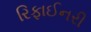
રિફાઈનરી